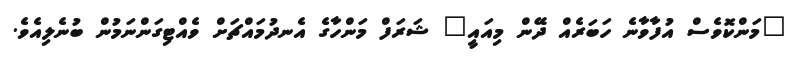
"މަންކޮވެސް އުފާވާނެ ހަބަރެއް ދޭން މިއައީ" ޝަރަފް މަންހާގެ އެނދުމައްޗަށް ވެއްޓިގަންނަމުން ބުނެލިއެވެ.